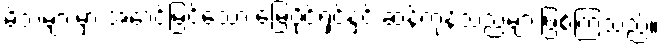
မိဘများမှာ အောင်မြင်သော မြေပိုင်ရှင်နှင့် ဆန်ကုန်သည်များဖြစ်ကြသည်။